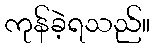
ကုန်ခဲ့ရသည်။